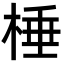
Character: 棰